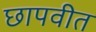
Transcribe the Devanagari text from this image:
छापवीत